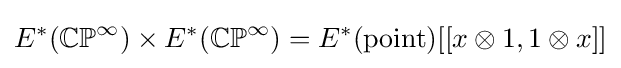
E^{*}(\mathbb {CP} ^{\infty })\times E^{*}(\mathbb {CP} ^{\infty })=E^{*}({\text{point}})[[x\otimes 1,1\otimes x]]